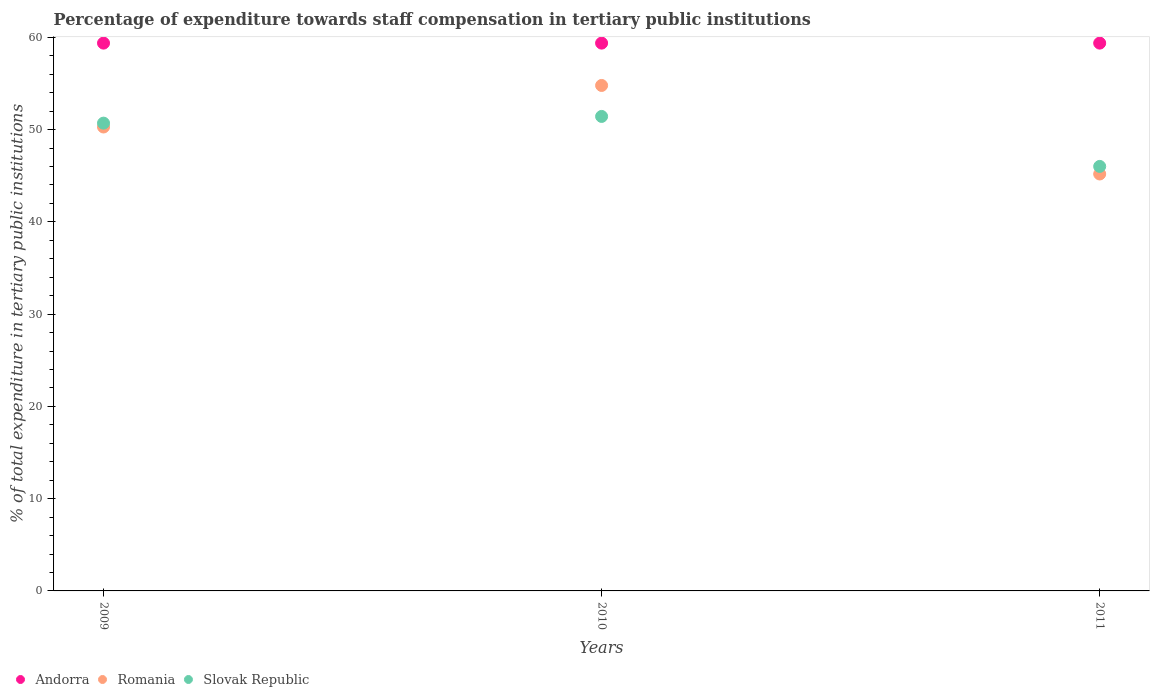
| Years | Andorra | Romania | Slovak Republic |
 | --- | --- | --- | --- |
 | 2009 | 59.4 | 50.3 | 50.7 |
 | 2010 | 59.4 | 54.8 | 51.4 |
 | 2011 | 59.4 | 45.2 | 46 |